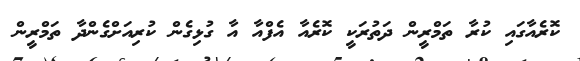
ކޮރެއާގައި ކުރާ ތަމްރީން ދަތުރަކީ ކޮރެއާ އެފްއާ އާ ގުޅިގެން ކުރިއަށްގެންދާ ތަމްރީން